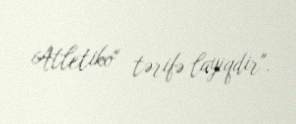
Atletiko" tərifə layiqdir".